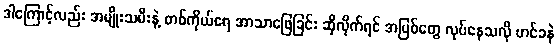
ဒါကြောင့်လည်း အမျိုးသမီးနဲ့ တစ်ကိုယ်ရေ အာသာဖြေခြင်း ဆိုလိုက်ရင် အပြစ်တွေ လုပ်နေသလို ဟင်ခနဲ